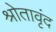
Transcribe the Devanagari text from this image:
श्रोतावृंद